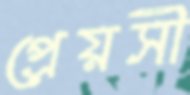
প্রেয়সী